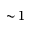
\sim \! 1